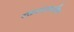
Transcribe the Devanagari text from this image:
रक्तरसामधील